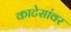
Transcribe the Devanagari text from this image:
काटेसांवर